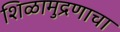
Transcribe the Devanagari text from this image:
शिळामुद्रणाचा